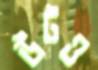
উটও